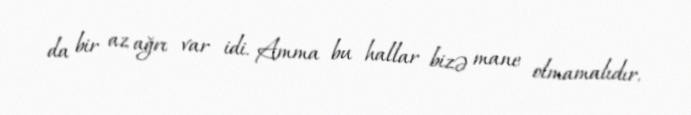
da bir az ağrı var idi. Amma bu hallar bizə mane olmamalıdır.